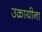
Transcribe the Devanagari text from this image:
उक्रायीना